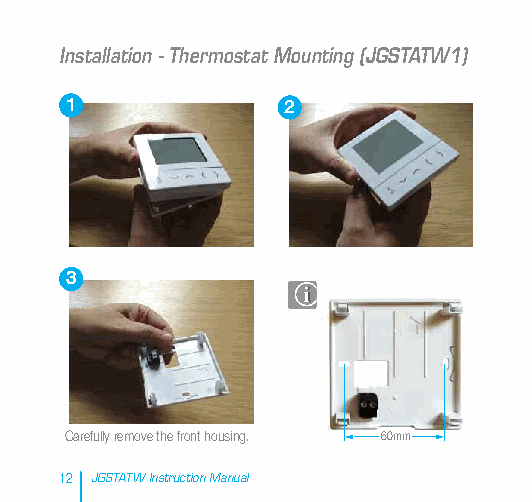
Installation - Thermostat Mounting (JGSTATW1)
 1              2
 3
 Carefully remove the front housing. 60mm
 12 JGSTATW Instruction Manual